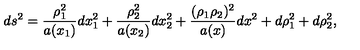
d s ^ { 2 } = \frac { \rho _ { 1 } ^ { 2 } } { a ( x _ { 1 } ) } d x _ { 1 } ^ { 2 } + \frac { \rho _ { 2 } ^ { 2 } } { a ( x _ { 2 } ) } d x _ { 2 } ^ { 2 } + \frac { ( \rho _ { 1 } \rho _ { 2 } ) ^ { 2 } } { a ( x ) } d x ^ { 2 } + d \rho _ { 1 } ^ { 2 } + d \rho _ { 2 } ^ { 2 } ,